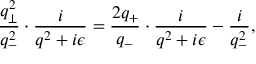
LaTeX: \frac { q _ { \bot } ^ { 2 } } { q _ { - } ^ { 2 } } \cdot \frac { i } { q ^ { 2 } + i { \epsilon } } = \frac { 2 q _ { + } } { q _ { - } } \cdot \frac { i } { q ^ { 2 } + i { \epsilon } } - \frac { i } { q _ { - } ^ { 2 } } ,